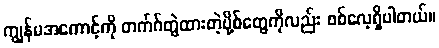
ကျွန်မအကောင့်ကို တက်ဂ်တွဲထားတဲ့ပို့စ်တွေကိုလည်း စစ်လေ့ရှိပါတယ်။